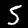
Label: 5